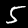
Digit: 5